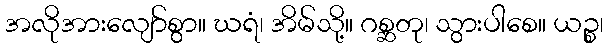
အလိုအားလျော်စွာ။ ဃရံ၊ အိမ်သို့။ ဂစ္ဆတု၊ သွားပါစေ။ ယဉ္စ၊